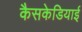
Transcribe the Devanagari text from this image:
कैसकेडियाई